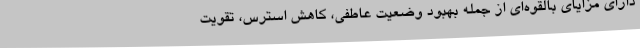
دارای مزایای بالقوه‌ای از جمله بهبود وضعیت عاطفی، کاهش استرس، تقویت